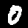
Digit: 0